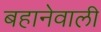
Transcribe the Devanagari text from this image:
बहानेवाली